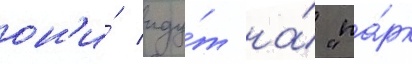
он'и́ иду́т на́ "па́рк